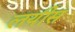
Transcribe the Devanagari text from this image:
लयीस